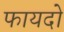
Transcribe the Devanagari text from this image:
फायदो